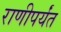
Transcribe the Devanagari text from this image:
राणीपर्यंत